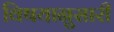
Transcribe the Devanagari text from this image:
विषयानुसारी